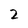
Character: 2